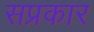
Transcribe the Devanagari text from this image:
सप्रकार